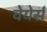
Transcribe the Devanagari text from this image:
वेयेर्स